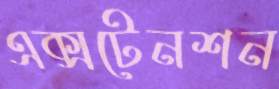
এক্সটেনশন